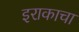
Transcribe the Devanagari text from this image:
इराकाचा